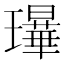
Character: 𰢗